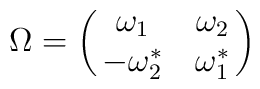
\Omega= \pmatrix{ \omega_1 & \omega_2 \cr -\omega_2^* & \omega_1^* \cr}